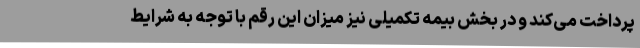
پرداخت می‌کند و در بخش بیمه تکمیلی نیز میزان این رقم با توجه به شرایط